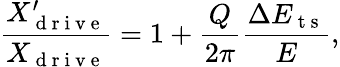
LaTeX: \frac{X_{\mathrm{~d~r~i~v~e~}}^{\prime}}{X_{\mathrm{~d~r~i~v~e~}}}=1+\frac{Q}{2\pi}\frac{\Delta E_{\mathrm{~t~s~}}}{E},